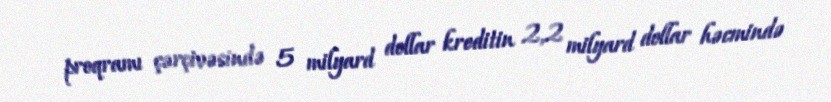
proqramı çərçivəsində 5 milyard dollar kreditin 2,2 milyard dollar həcmində